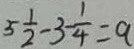
5 \frac { 1 } { 2 } - 3 - \frac { 1 } { 4 } = a